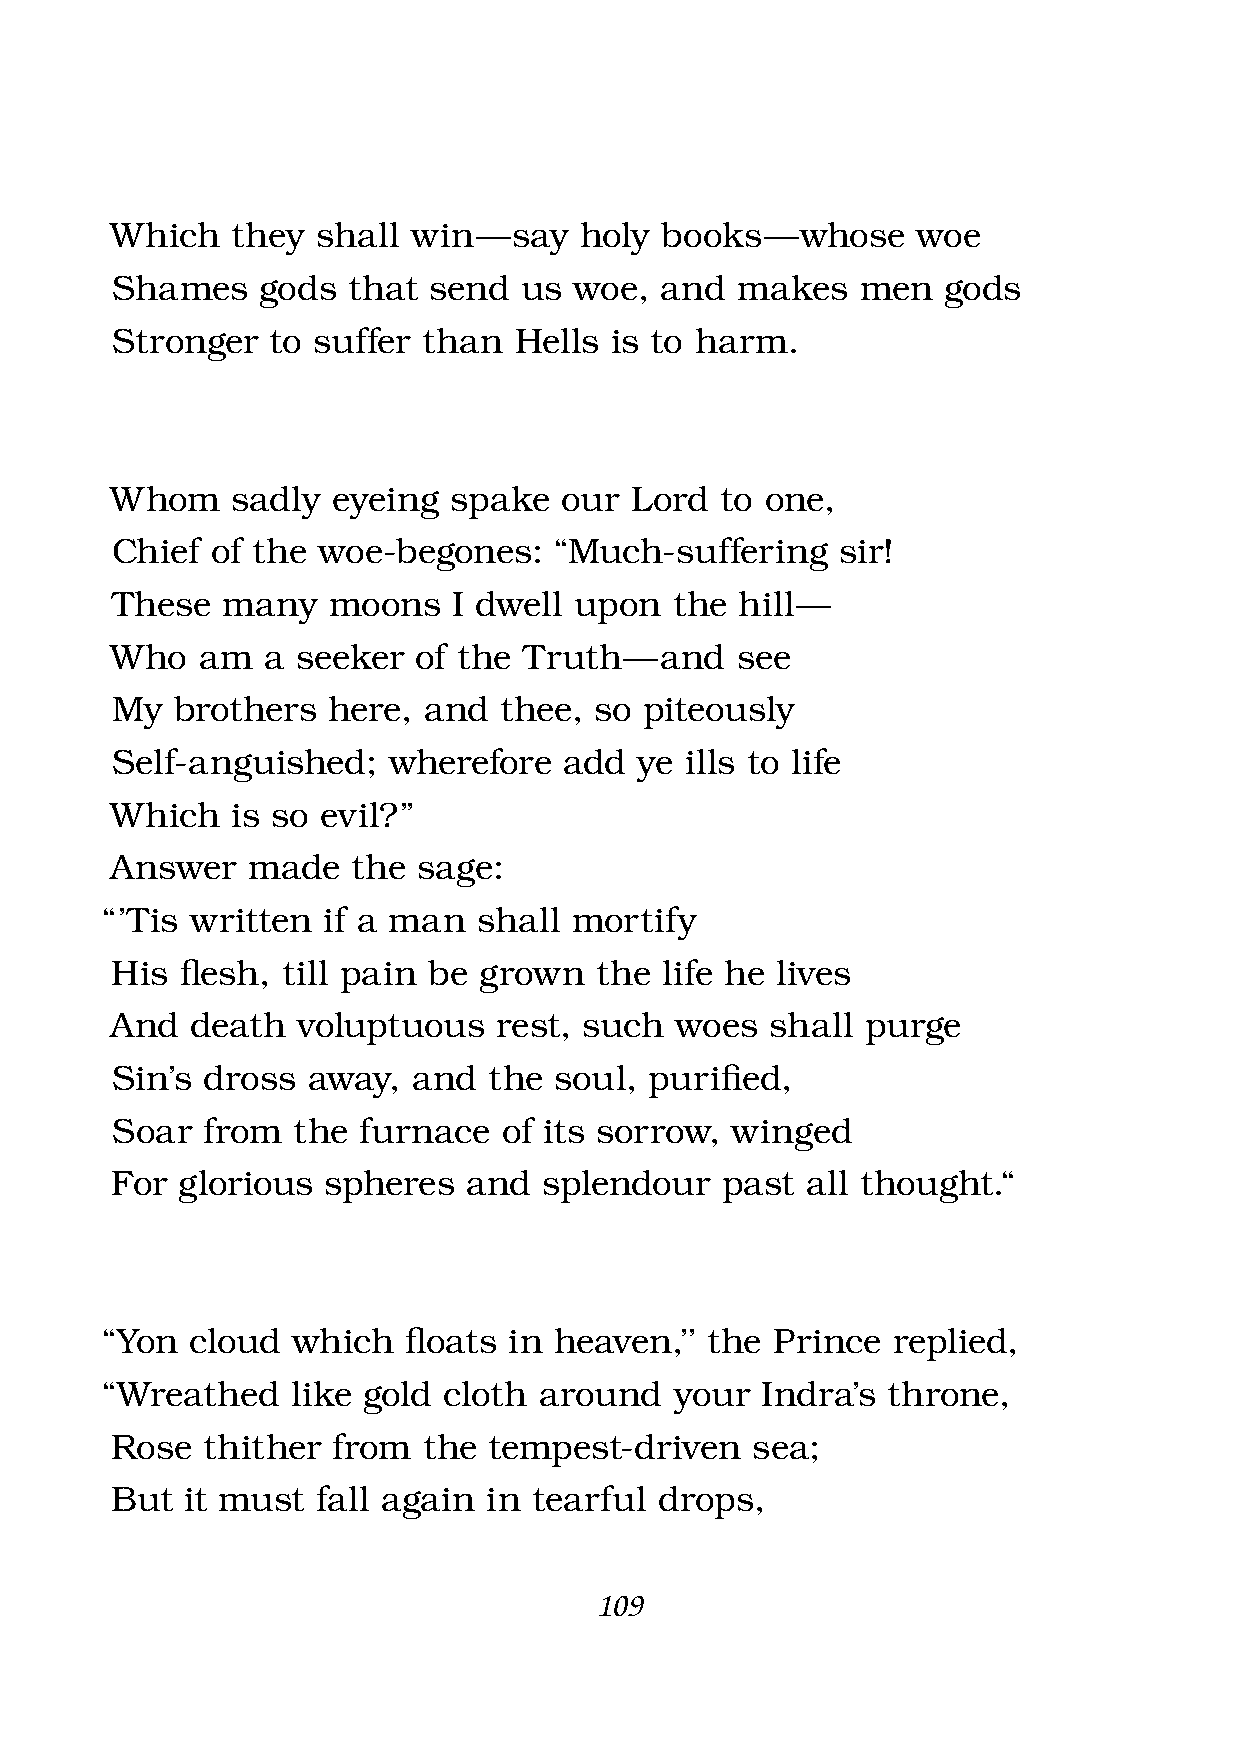
Which   they  shall win —  say holy  books  — whose   woe
 Shames    gods  that send  us  woe,  and  makes   men  gods
 Stronger   to suffer than  Hells is to harm.
 Whom    sadly  eyeing  spake  our  Lord  to one,
 Chief  of the woe-begones:    “Much-suffering    sir!
 These   many   moons   I dwell upon   the hill —
 Who   am  a  seeker of the  Truth —  and  see
 My   brothers  here, and  thee, so  piteously
 Self-anguished;    wherefore  add  ye ills to life
 Which   is so evil?”
 Answer   made   the  sage:
 “ ’Tis written if a man  shall mortify
 His  fl esh, till pain be grown the  life he lives
 And   death  voluptuous   rest, such  woes  shall purge
 Sin’s dross  away,  and  the  soul, purifi ed,
 Soar  from  the  furnace  of its sorrow, winged
 For  glorious spheres   and  splendour   past all thought.“
 “Yon  cloud which   fl oats in heaven,’’ the Prince replied,
 “Wreathed   like gold cloth  around   your Indra’s  throne,
 Rose  thither  from  the tempest-driven    sea;
 But  it must  fall again in tearful  drops,
 109